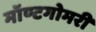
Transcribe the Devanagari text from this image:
मॉण्टगोमरी